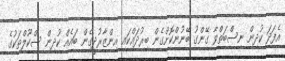
އެފަދަ ކުދިން ނިސްބަތްވާ ގޭންގު ބޭނުންކޮށްގެން ބިރުދައްކައި އިންޒާރުދީގެން ބައެއް ކުދިން ސްކޫލްތަކުގެ